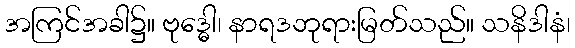
အကြင်အခါ၌။ ဗုဒ္ဓေါ၊ နာရဒဘုရားမြတ်သည်။ သနိဒါနံ၊